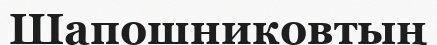
Шапошниковтың